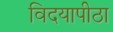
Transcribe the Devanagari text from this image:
विदयापीठा